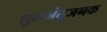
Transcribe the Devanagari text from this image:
शुक्रजंतूजनक